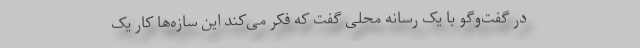
در گفت‌وگو با یک رسانه محلی گفت که فکر می‌کند این سازه‌ها کار یک